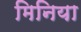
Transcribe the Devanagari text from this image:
मिनिया